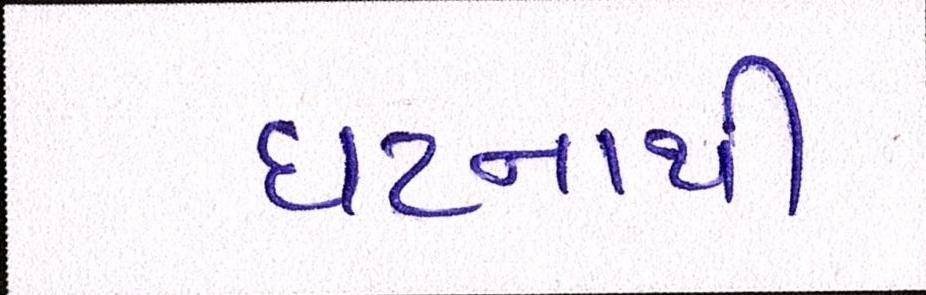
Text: ઘટનાથી